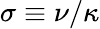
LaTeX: \sigma\equiv\nu/\kappa